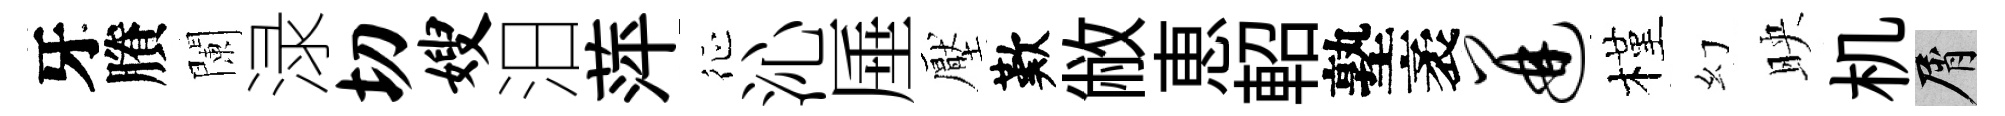
牙賸闌渌切嫂汨萍征沁厜壓歎敝恵軺塾袤迸槿幻映机屑